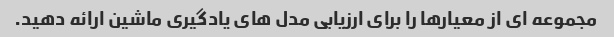
مجموعه ای از معیارها را برای ارزیابی مدل های یادگیری ماشین ارائه دهید.